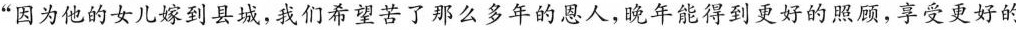
”因为他的女儿嫁到县，我们希望苦了那么多年的恩人，晚年能得到更好的照顾，享受更好的